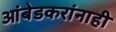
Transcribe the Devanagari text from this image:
आंबेडकरांनाही